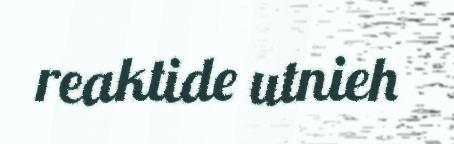
reaktide utnieh